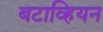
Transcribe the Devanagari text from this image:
बटाव्हियन